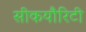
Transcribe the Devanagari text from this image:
सीकयौरिटी